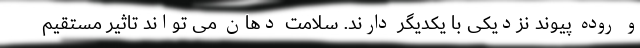
و روده پیوند نزدیکی با یکدیگر دارند. سلامت دهان می تواند تاثیر مستقیم